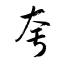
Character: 夸